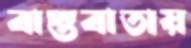
বাস্তবাতায়